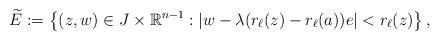
LaTeX: \begin{align*} \widetilde{E}:=\left\{ (z,w) \in J \times \mathbb{R}^{n-1}: |w - \lambda( r_{\ell}(z) - r_{\ell}(a))e | < r_{\ell}(z) \right\},\end{align*}